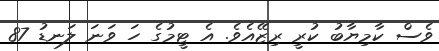
ވެސް ކާމިޔާބު ކުރީ ރިޒޭއެވެ. އެ ޓީމުގެ ހަ ވަނަ ލަނޑު 87